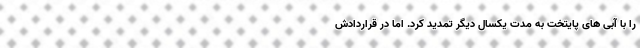
را با آبی های پایتخت به مدت یکسال دیگر تمدید کرد. اما در قراردادش